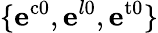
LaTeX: \{ \mathbf{e}^{\mathrm{{c0}}},\mathbf{e}^{l0},\mathbf{e}^{\mathrm{{t0}}}\}